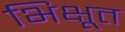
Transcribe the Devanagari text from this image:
भिक्षूत